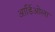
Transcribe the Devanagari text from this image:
आर्डिओला